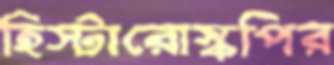
হিস্টারোস্কপির